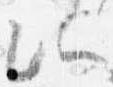
所